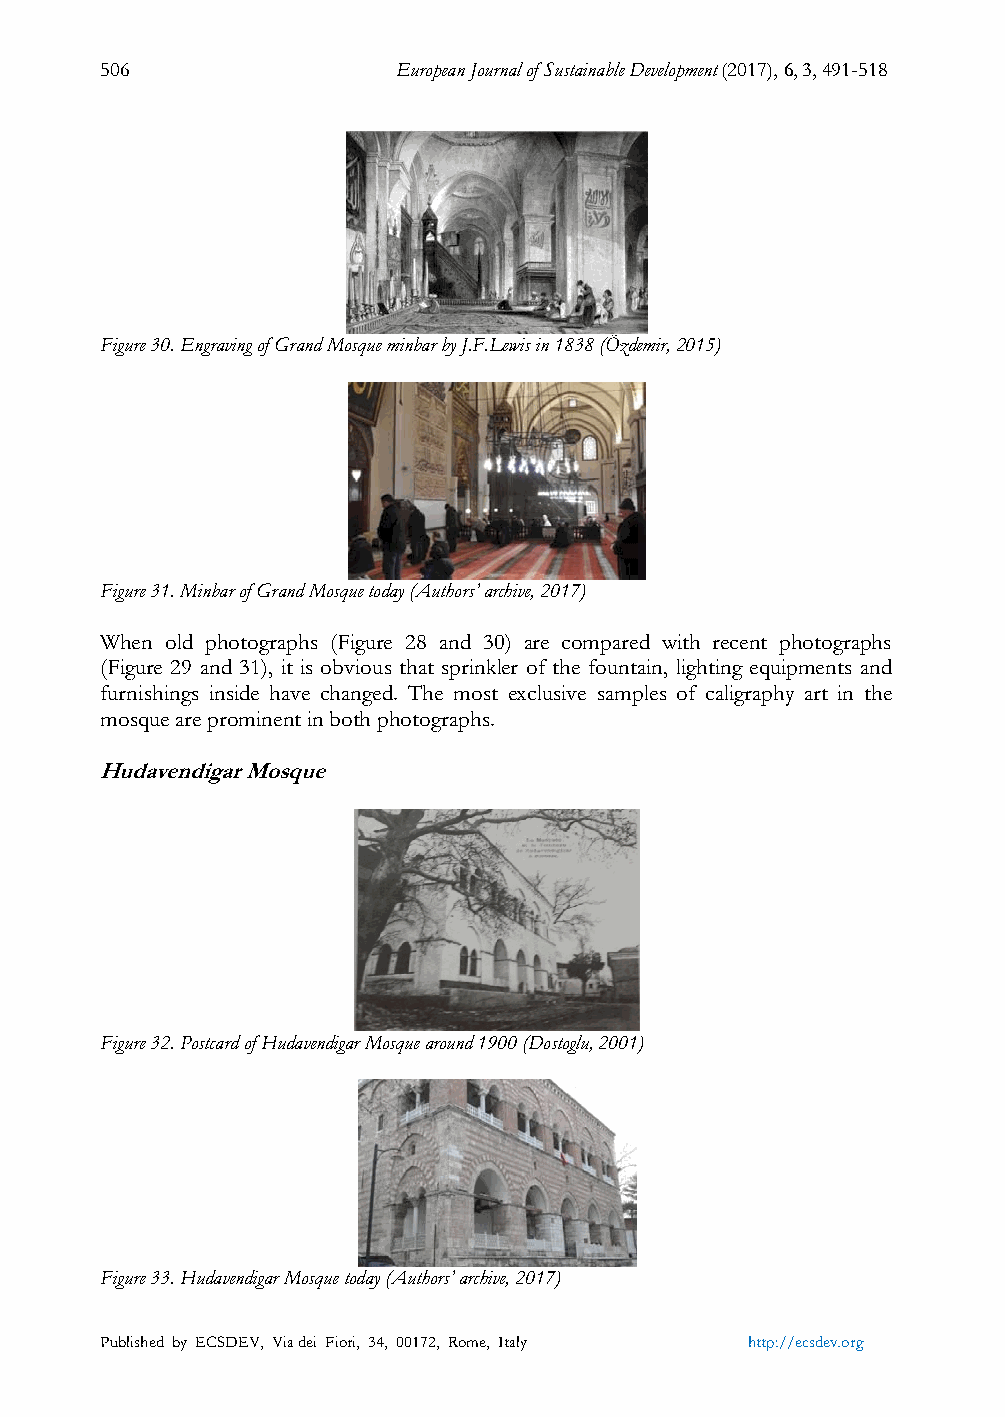
506                European Journal of Sustainable Development (2017), 6, 3, 491-518
 Figure 30. Engraving of Grand Mosque minbar by J.F.Lewis in 1838 (Özdemir, 2015)
 Figure 31. Minbar of Grand Mosque today (Authors’ archive, 2017)
 When old photographs (Figure 28 and 30) are compared with recent photographs
 (Figure 29 and 31), it is obvious that sprinkler of the fountain, lighting equipments and
 furnishings inside have changed. The most exclusive samples of caligraphy art in the
 mosque are prominent in both photographs.
 Hudavendigar Mosque
 Figure 32. Postcard of Hudavendigar Mosque around 1900 (Dostoglu, 2001)
 Figure 33. Hudavendigar Mosque today (Authors’ archive, 2017)
 Published by ECSDEV, Via dei Fiori, 34, 00172, Rome, Italy http://ecsdev.org